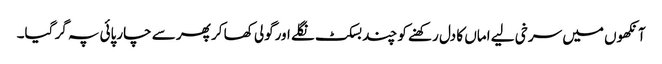
آنکھوں میں سرخی لیے اماں کا دل رکھنے کو چند بسکٹ نگلے اورگولی کھا کر پھر سے چارپائی پہ گر گیا۔